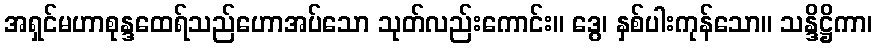
အရှင်မဟာစုန္ဒထေရ်သည်ဟောအပ်သော သုတ်လည်းကောင်း။ ဒွေ၊ နှစ်ပါးကုန်သော။ သန္ဒိဋ္ဌိကာ၊